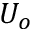
U _ { o }